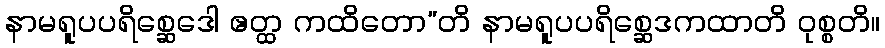
နာမရူပပရိစ္ဆေဒေါ ဧတ္ထ ကထိတော”တိ နာမရူပပရိစ္ဆေဒကထာတိ ဝုစ္စတိ။